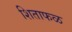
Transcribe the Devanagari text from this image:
शिताफळ